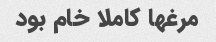
مرغها کاملا خام بود